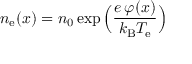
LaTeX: n _ { \mathrm { e } } ( x ) = n _ { 0 } \exp { \Big ( } { \frac { e \, \varphi ( x ) } { k _ { \mathrm { B } } T _ { \mathrm { e } } } } { \Big ) }